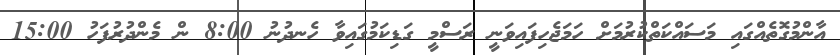
އާންމުގޮތެއްގައި މަސައްކަތްކުރުމަށް ހަމަޖެހިފައިވަނީ ރަސްމީ ގަޑިކަމުގައިވާ ހެނދުނު 8:00 ން މެންދުރުފަހު 15:00